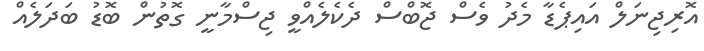
އޮރިޖިނަލް އައިޕެޑާ މެދު ވެސް ޖޮބްސް ދެކެލެއްވީ ޖިސްމާނީ ގޮތުން ބޮޑު ބަދަލެއް